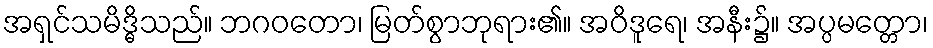
အရှင်သမိဒ္ဓိသည်။ ဘဂဝတော၊ မြတ်စွာဘုရား၏။ အဝိဒူရေ၊ အနီး၌။ အပ္ပမတ္တော၊